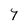
Character: 7